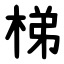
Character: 梯